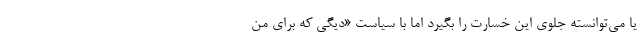
یا می‌توانسته جلوی این خسارت را بگیرد اما با سیاست «دیگی که برای من